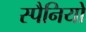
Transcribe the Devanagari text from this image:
स्पैनियों